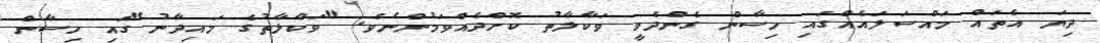
ދިޔަ އެތައް މައްސަލައެއްގައި ހިސާން ގެންދެވީ ވަކާލާތު ކޮށްދެއްވަމުންނެވެ. "ވަކާލާތުގެ މައިދާނު"ގައި ހިސާން